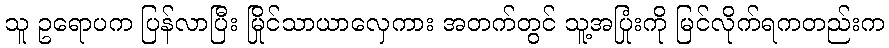
သူ ဥရောပက ပြန်လာပြီး မြိုင်သာယာလှေကား အတက်တွင် သူ့အပြုံးကို မြင်လိုက်ရကတည်းက